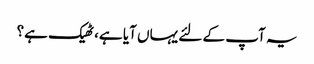
یہ آپ کے لئے یہاں آیا ہے، ٹھیک ہے؟